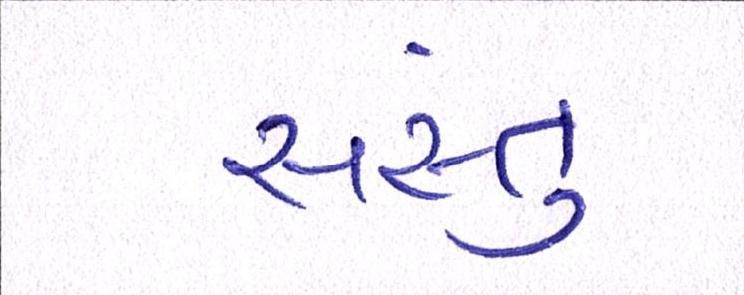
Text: સસ્તું